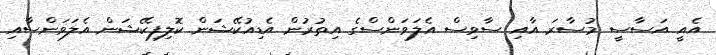
އެއީ އަސާސީ މުސާރަ އާއި ސާވިސް އެލަވަންސްގެ އިތުރުން އެޑިއުކޭޝަން ކޮލިފިކޭޝަން އެލަވަންސާއި